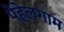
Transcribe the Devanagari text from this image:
पेहेलगाम